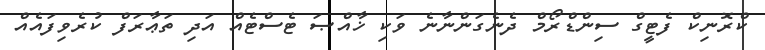
ކްރޮނިކް ފެޓީގް ސިންޑްރޯމް ދެނެގަންނާނެ ވަކި ޚާއްޞަ ޓެސްޓެއް އަދި ތަޢާރަފް ކުރެވިފައެއް